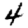
Digit: 4